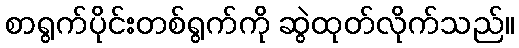
စာရွက်ပိုင်းတစ်ရွက်ကို ဆွဲထုတ်လိုက်သည်။